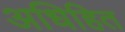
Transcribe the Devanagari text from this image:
अधिहित